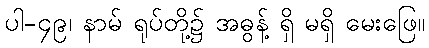
ပါ-၄၉၊ နာမ် ရုပ်တို့၌ အဓွန့် ရှိ မရှိ မေးဖြေ။